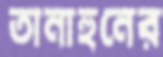
তানাহুনের